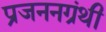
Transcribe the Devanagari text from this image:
प्रजननग्रंथी